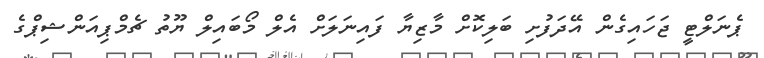
ޕެނަލްޓީ ޖަހައިގެން އޭދަފުށި ބަލިކޮށް މާޒިޔާ ފައިނަލަށް އެލް މޯބައިލް ޔޫތު ޗެމްޕިއަންޝިޕްގެ